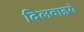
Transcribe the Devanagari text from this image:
दिलवाइये